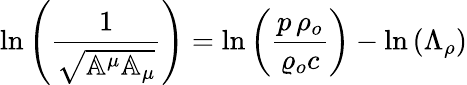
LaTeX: \ln{\left(\frac{1}{\sqrt{\mathbb{A}^{\mu}\mathbb{A}_{\mu}}}\right)}=\ln{\left(\frac{p\, \rho_{o}}{\varrho_{o}c}\right)}-\ln{\left(\Lambda_{\rho}\right)}